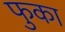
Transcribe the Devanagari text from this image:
फुका